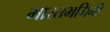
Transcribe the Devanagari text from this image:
भारतभगिनी